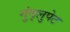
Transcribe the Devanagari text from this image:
गुंद्लुपेट